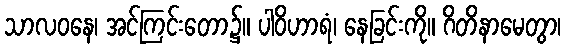
သာလဝနေ၊ အင်ကြင်းတော၌။ ပါဝိဟာရံ၊ နေခြင်းကို။ ဂိတိနာမေတွာ၊